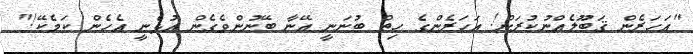
"އަހަރެން ޤަބޫލެއްނުކުރަން! އަހަރެންގެ ހިތް ބުނަނީ އޭނާ ބޭނުންވެގެން އުޅެނީ އެހެން ކަމެކޭ!"